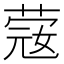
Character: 䓻